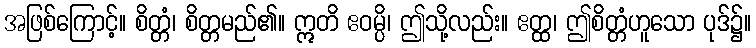
အဖြစ်ကြောင့်။ စိတ္တံ၊ စိတ္တမည်၏။ ဣတိ ဧဝမ္ပိ၊ ဤသို့လည်း။ ဧတ္ထ၊ ဤစိတ္တံဟူသော ပုဒ်၌။